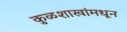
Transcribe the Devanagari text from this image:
कुळशाखांमधून